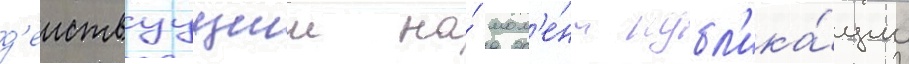
д'еиствуущии на́ мом'е́нт публ'ика́ции